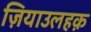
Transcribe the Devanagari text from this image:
ज़ियाउलहक़